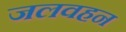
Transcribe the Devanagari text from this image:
जलवहन